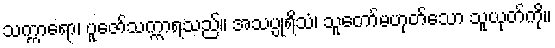
သက္ကာရော၊ ပူဇော်သက္ကာရသည်။ အသပ္ပုရိသံ၊ သူတော်မဟုတ်သော သူယုတ်ကို။